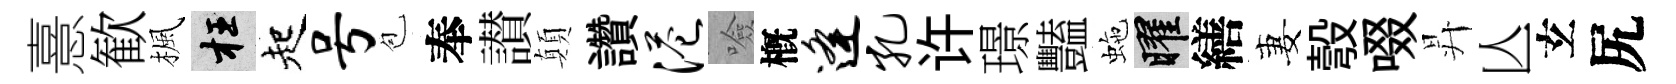
憙歓楓枉起号苞奉讃顛讚港噞槪逄孔许璟豔虵曜繕妻彀啜昇亾𤣥尻